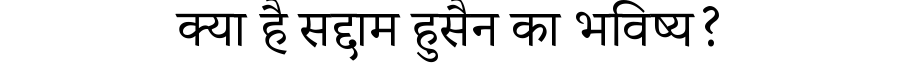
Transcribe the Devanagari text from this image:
क्या है सद्दाम हुसैन का भविष्य?